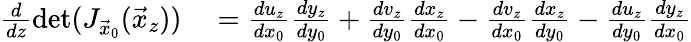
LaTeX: \begin{array}{rl}{\frac{d}{dz}\operatorname*{det}(J_{\vec{x}_{0}}(\vec{x}_{z}))}&{{}=\frac{du_{z}}{dx_{0}}\frac{dy_{z}}{dy_{0}}+\frac{dv_{z}}{dy_{0}}\frac{dx_{z}}{dx_{0}}-\frac{dv_{z}}{dx_{0}}\frac{dx_{z}}{dy_{0}}-\frac{du_{z}}{dy_{0}}\frac{dy_{z}}{dx_{0}}}\end{array}